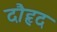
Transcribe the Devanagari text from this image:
दौहृद